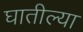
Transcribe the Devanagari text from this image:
घातील्या